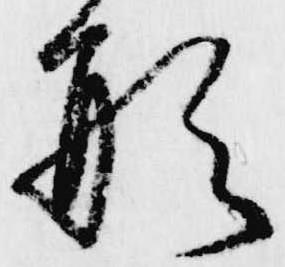
形